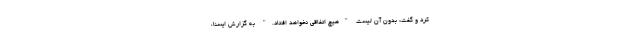
کرد و گفت: بدون آن لیست "هیچ اتفاقی نخواهد افتاد." به گزارش ایسنا،